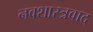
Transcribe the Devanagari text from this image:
नवशास्त्रवाद